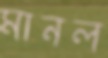
মানল